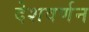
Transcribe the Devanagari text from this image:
देशवर्णन